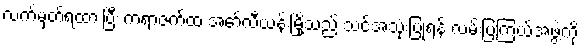
လက်မှတ်ရထားပြီး ကရာဇက်ထံ အော်လီယန်းမြို့သည် သင်အသုံးပြုရန် လမ်းပြကြယ်အဖွဲ့ကို